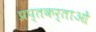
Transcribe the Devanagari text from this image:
प्रप्तकर्ताओं